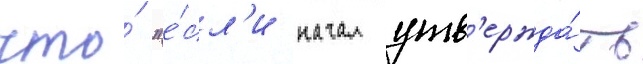
что́ "е́сл'и начал утв'ержда́ть